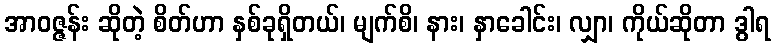
အာဝဇ္ဇန်း ဆိုတဲ့ စိတ်ဟာ နှစ်ခုရှိတယ်၊ မျက်စိ၊ နား၊ နှာခေါင်း၊ လျှာ၊ ကိုယ်ဆိုတာ ဒွါရ